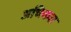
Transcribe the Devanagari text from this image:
अधिकत